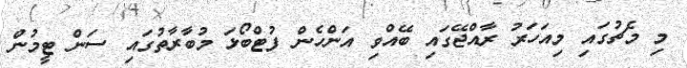
މި މެޗުގައި މިއަހަރު ރާއްޖޭގައި ބޭއްވި އަންހެން ފުޓްބޯޅަ މުބާރާތުގައި ސަން ޓީމުން